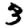
Digit: 3